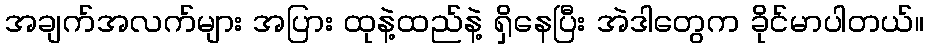
အချက်အလက်များ အပြား ထုနဲ့ထည်နဲ့ ရှိနေပြီး အဲဒါတွေက ခိုင်မာပါတယ်။